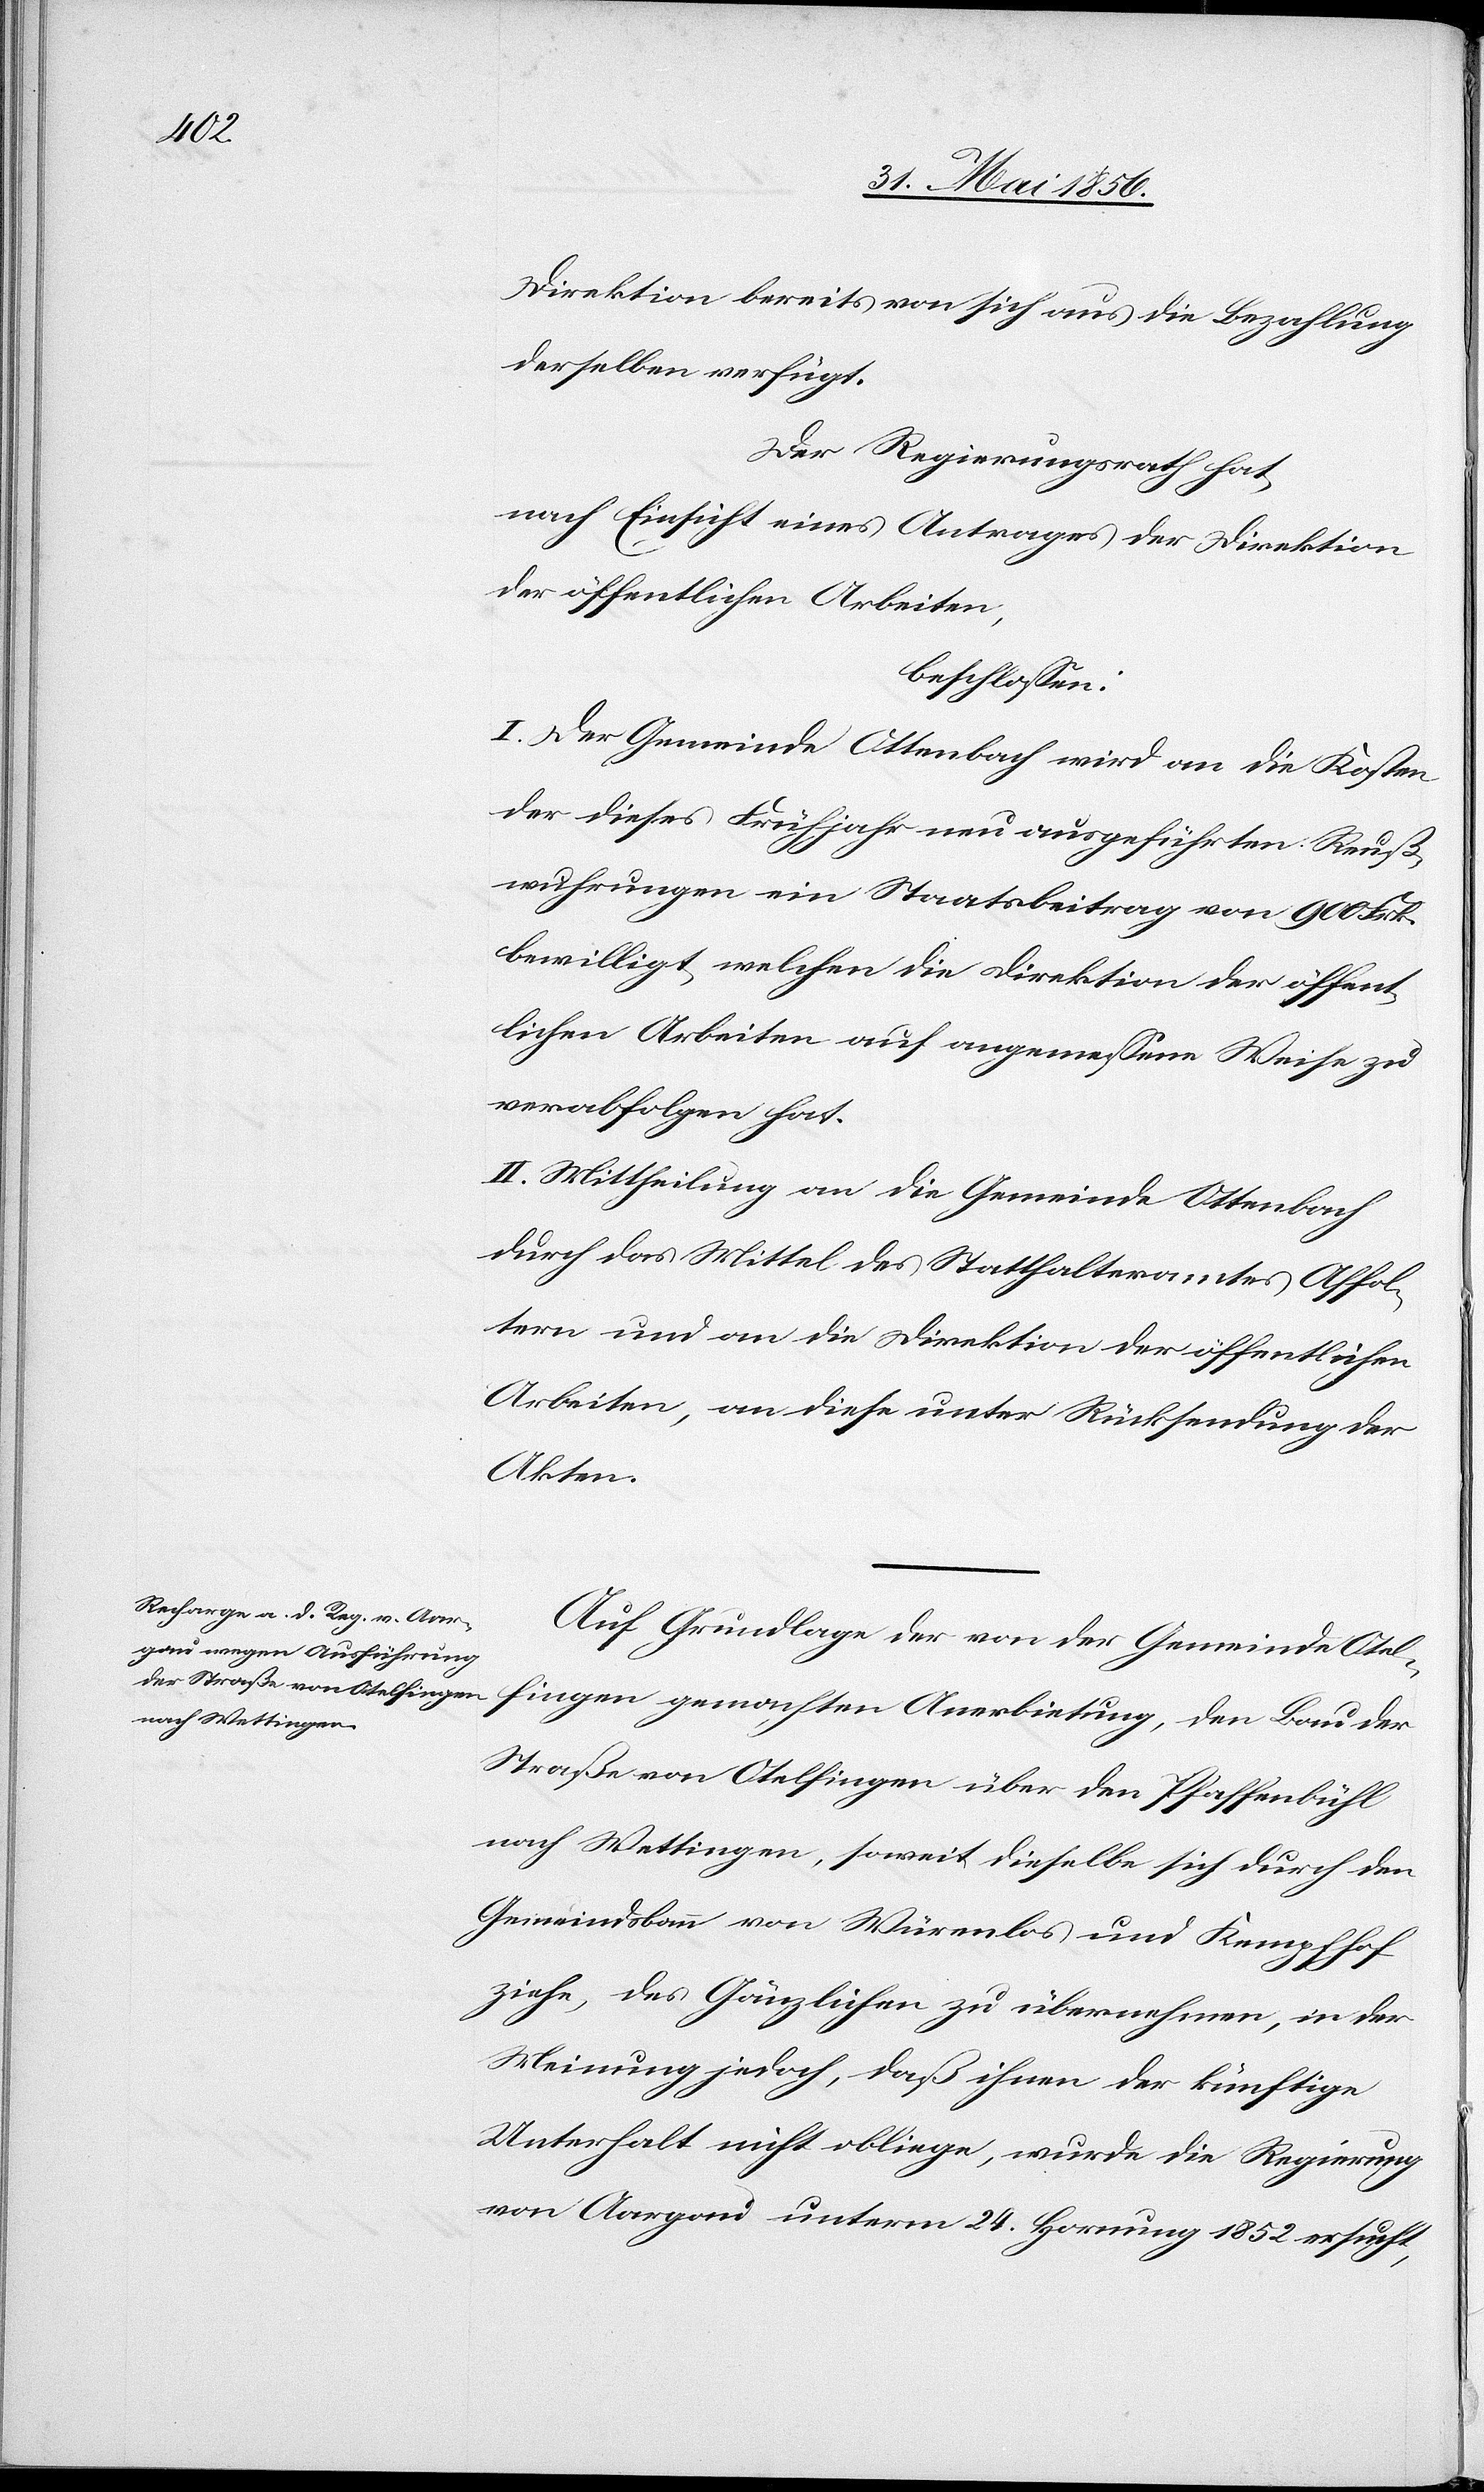
Direktion bereits von sich aus die Bezahlung
derselben verfügt.
Der Regierungsrath hat,
nach Einsicht eines Antrages der Direktion
der öffentlichen Arbeiten,
beschlossen:
I. Der Gemeinde Ottenbach wird an die Kosten
der dieses Frühjahr neu ausgeführten Reuß¬
wuhrungen ein Staatsbeitrag von 900 Frk.
bewilligt, welchen die Direktion der öffent¬
lichen Arbeiten auf angemessene Weise zu
verabfolgen hat.
II. Mittheilung an die Gemeinde Ottenbach
durch das Mittel des Statthalteramtes Affol¬
tern und an die Direktion der öffentlichen
Arbeiten, an diese unter Rücksendung der
Akten.
Auf Grundlage der von der Gemeinde Otel¬
fingen gemachten Anerbietung, den Bau der
Straße von Otelfingen über den Pfaffenbühl
nach Wettingen, soweit dieselbe sich durch den
Gemeindsbau von Würenlos und Kempfhof
ziehe, des Gänzlichen zu übernehmen, in der
Meinung jedoch, daß ihnen der künftige
Unterhalt nicht obliege, wurde die Regierung
von Aargau unterm 24. Hornung 1852 ersucht,